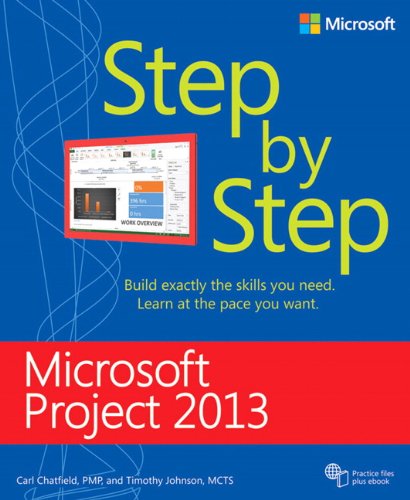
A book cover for Microsoft Project 2013 Step by Step; Carl Chatfield; Computers & Technology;